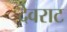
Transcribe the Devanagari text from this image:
देवराट